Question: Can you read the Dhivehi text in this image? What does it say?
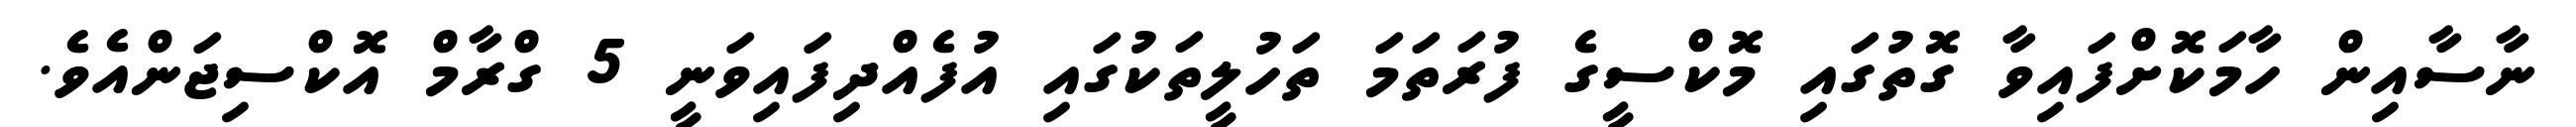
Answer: ނާސާއިން ހާމަކޮށްފައިވާ ގޮތުގައި މޮކްސީގެ ފުރަތަމަ ތަހުލީތަކުގައި އުފެއްދިފައިވަނީ 5 ގްރާމް އޮކްސިޖަންއެވެ.